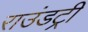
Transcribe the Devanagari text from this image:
राउंडट्री